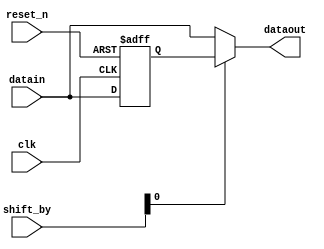
module nios_mem_if_ddr2_emif_0_p0_fr_cycle_shifter(
	clk,
	reset_n,
	shift_by,
	datain,
	dataout
);

// ******************************************************************************************************************************** 
// BEGIN PARAMETER SECTION
// All parameters default to "" will have their values passed in from higher level wrapper with the controller and driver 

parameter DATA_WIDTH = ""; 
parameter REG_POST_RESET_HIGH = "false";

localparam RATE_MULT = 2;
localparam FULL_DATA_WIDTH = DATA_WIDTH*RATE_MULT;

// END PARAMETER SECTION
// ******************************************************************************************************************************** 

input	clk;
input	reset_n;
input	[1:0] shift_by; 
input	[FULL_DATA_WIDTH-1:0] datain;
output	[FULL_DATA_WIDTH-1:0] dataout;


reg [FULL_DATA_WIDTH-1:0] datain_r;
always @(posedge clk or negedge reset_n)
begin
	if (~reset_n) begin
		if (REG_POST_RESET_HIGH == "true")
			datain_r <= {FULL_DATA_WIDTH{1'b1}};
		else
			datain_r <= {FULL_DATA_WIDTH{1'b0}};
	end else begin
		datain_r <= datain;
	end
end

wire [FULL_DATA_WIDTH-1:0] dataout_pre;


wire [DATA_WIDTH-1:0] datain_t0 = datain[(DATA_WIDTH*1)-1:(DATA_WIDTH*0)];
wire [DATA_WIDTH-1:0] datain_t1 = datain[(DATA_WIDTH*2)-1:(DATA_WIDTH*1)];
wire [DATA_WIDTH-1:0] datain_r_t1 = datain_r[(DATA_WIDTH*2)-1:(DATA_WIDTH*1)];

assign dataout = (shift_by[0] == 1'b1) ? {datain_t0, datain_r_t1} : {datain_t1, datain_t0};
	

endmodule